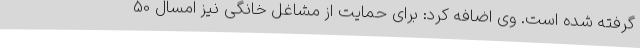
گرفته شده است. وی اضافه کرد: برای حمایت از مشاغل خانگی نیز امسال 50